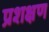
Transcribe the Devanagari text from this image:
प्रशक्षण